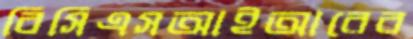
বিসিএসআইআরের